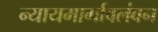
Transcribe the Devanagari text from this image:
न्यायमार्गावलंबन